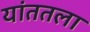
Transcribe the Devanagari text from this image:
यांततला